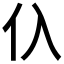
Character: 𰁡